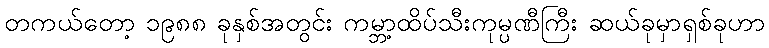
တကယ်တော့ ၁၉၈၈ ခုနှစ်အတွင်း ကမ္ဘာ့ထိပ်သီးကုမ္ပဏီကြီး ဆယ်ခုမှာရှစ်ခုဟာ